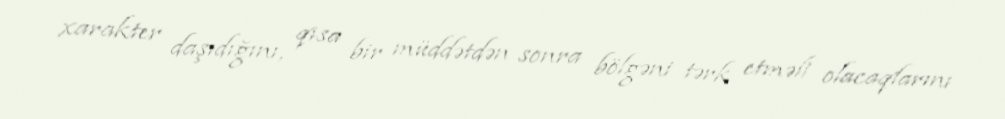
xarakter daşıdığını, qısa bir müddətdən sonra bölgəni tərk etməli olacaqlarını